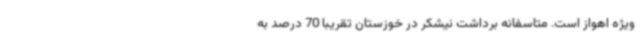
ویژه اهواز است. متاسفانه برداشت نیشکر در خوزستان تقریبا 70 درصد به